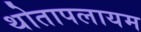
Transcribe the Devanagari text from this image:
थोतापलायम